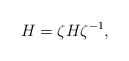
\begin{align*}{H} =\zeta {H} \zeta^{-1}, \end{align*}